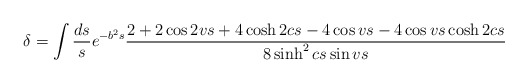
\begin{align*}\delta=\int \frac{ds}{s}e^{-b^{2}s}\frac{2+2\cos 2vs +4 \cosh 2cs -4\cos vs -4 \cos vs \cosh2cs}{8\sinh^2 cs \sin vs}\end{align*}